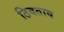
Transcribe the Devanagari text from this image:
ठिवताव